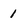
Character: 1